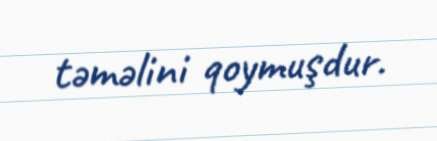
təməlini qoymuşdur.